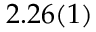
2 . 2 6 ( 1 )